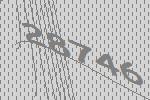
28746